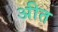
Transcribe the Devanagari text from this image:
अीत